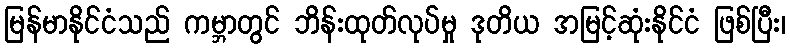
မြန်မာနိုင်ငံသည် ကမ္ဘာတွင် ဘိန်းထုတ်လုပ်မှု ဒုတိယ အမြင့်ဆုံးနိုင်ငံ ဖြစ်ပြီး၊